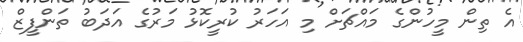
އެ ތިން މީހުންގެ މައްޗަށް މި އަހަރު ކުރީކޮޅު މަރުގެ އަދަބު ތަންފީޒް